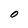
Character: O